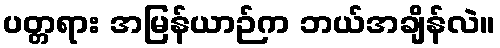
ပတ္တရား အမြန်ယာဉ်က ဘယ်အချိန်လဲ။